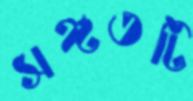
সঙ্গতটি